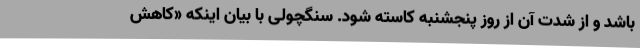
باشد و از شدت آن از روز پنجشنبه کاسته شود. سنگچولی با بیان اینکه «کاهش